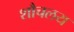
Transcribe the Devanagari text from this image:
शौचलय